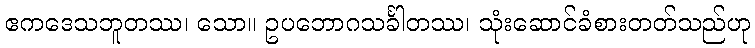
ဧကဒေသဘူတဿ၊ သော။ ဥပဘောဂသင်္ခါတဿ၊ သုံးဆောင်ခံစားတတ်သည်ဟု